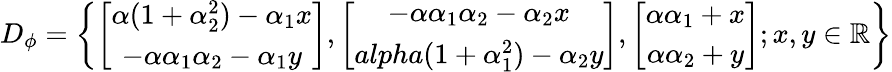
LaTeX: D_{\phi}=\left\{ \left[\begin{array}{ccc}{\alpha(1+\alpha_{2}^{2})-\alpha_{1}x}\\ {-\alpha\alpha_{1}\alpha_{2}-\alpha_{1}y}\end{array}\right],\left[\begin{array}{ccc}{-\alpha\alpha_{1}\alpha_{2}-\alpha_{2}x}\\ {alpha(1+\alpha_{1}^{2})-\alpha_{2}y}\end{array}\right],\left[\begin{array}{ccc}{\alpha\alpha_{1}+x}\\ {\alpha\alpha_{2}+y}\end{array}\right];x,y\in\mathbb{R}\right\}